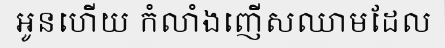
អូនហើយ កំលាំងញើសឈាមដែល